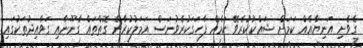
ގެވެށި އަނިޔާއެއް ކަމަށް ޝައްކުކުރެވޭ ކަމެއް ފާހަގަކުރެވުނަސް އަމަލުކުރާނެ ގޮތްތައް ގާނޫނާއި ގަވާއިދުތަކުގައި